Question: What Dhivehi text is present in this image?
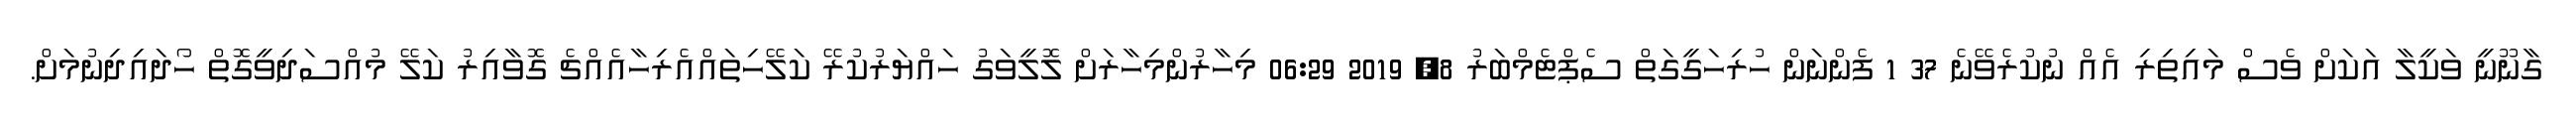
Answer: ގާނޫނީ ވަކީލާ އަކަށް ވެސް މައިތިރި އެއް ނުކުރެވޭނެ 37 1 ފެންނަން ހުރިހަގީގަތް ސެޕްޓެމްބަރު 8, 2019 06:29 މިހާރުންމިހާރަށް ލޮލީވަގު ހައްޔަރުކުރޭ ކަލޭހިތައްއެރިހާއެއްޗެ ގޮވާއިރު ކަލޭ މުއްސަދިވީގޮތް ހޯދައިދިނުމަށް.